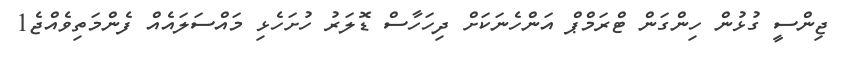
ޖިންސީ ގުޅުން ހިންގަން ޓްރަމްޕް އަންހެނަކަށް ދިހަހާސް ޑޮލަރު ހުށަހެޅި މައްސަލައެއް ފެންމަތިވެއްޖެ1